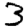
Digit: 3